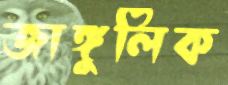
জাঙ্গুলিক